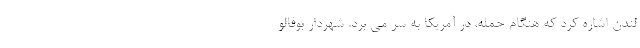
لندن اشاره کرد که هنگام حمله، در آمریکا به سر می برد. شهردار بوفالو